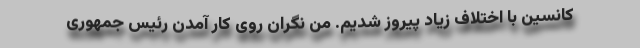
کانسین با اختلاف زیاد پیروز شدیم. من نگران روی کار آمدن رئیس جمهوری